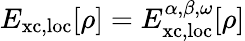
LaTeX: E_{\mathrm{xc,loc}}[\rho]=E_{\mathrm{xc,loc}}^{\alpha,\beta,\omega}[\rho]